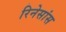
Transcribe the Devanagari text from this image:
रिनेसांस